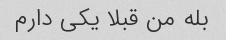
بله من قبلا یکی دارم